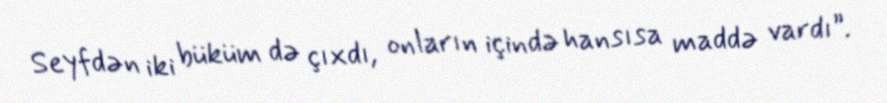
Seyfdən iki büküm də çıxdı, onların içində hansısa maddə vardı”.